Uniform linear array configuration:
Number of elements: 48
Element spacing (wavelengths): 1
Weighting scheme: hann
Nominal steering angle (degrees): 0
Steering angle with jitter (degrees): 1.21
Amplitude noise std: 0.05
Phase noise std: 0.05

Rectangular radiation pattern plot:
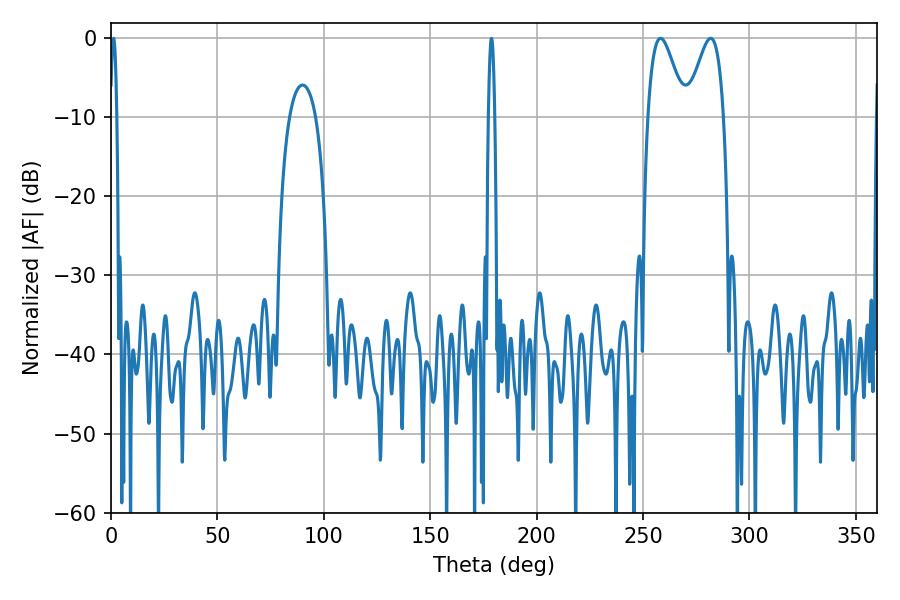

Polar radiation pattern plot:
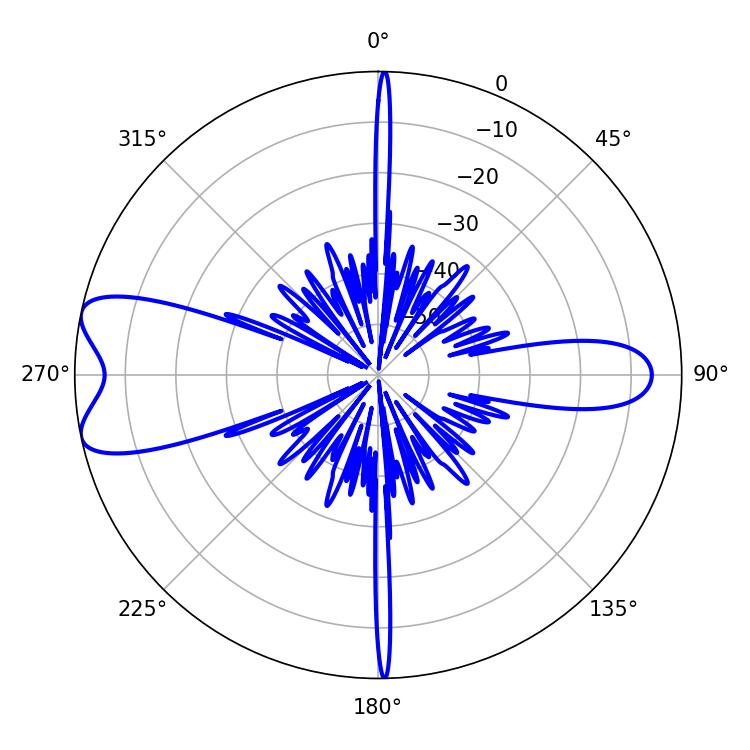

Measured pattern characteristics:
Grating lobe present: TRUE
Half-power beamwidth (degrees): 9.18
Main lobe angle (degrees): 258.3